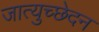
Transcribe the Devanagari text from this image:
जात्युच्छेदन